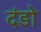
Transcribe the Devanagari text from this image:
दंडो